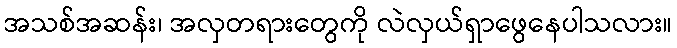
အသစ်အဆန်း၊ အလှတရားတွေကို လဲလှယ်ရှာဖွေနေပါသလား။